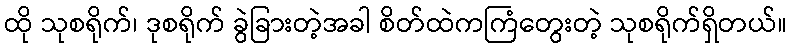
ထို သုစရိုက်၊ ဒုစရိုက် ခွဲခြားတဲ့အခါ စိတ်ထဲကကြံတွေးတဲ့ သုစရိုက်ရှိတယ်။